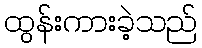
ထွန်းကားခဲ့သည်